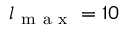
l _ { \mathrm { ~ m ~ a ~ x ~ } } = 1 0